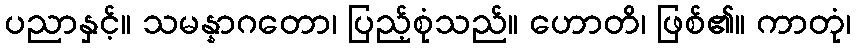
ပညာနှင့်။ သမန္နာဂတော၊ ပြည့်စုံသည်။ ဟောတိ၊ ဖြစ်၏။ ကာတုံ၊